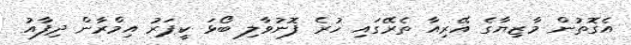
އެގޮތުން މާޒިޔާގެ އޭރިއާ ތެރޭގައި ހުރެ ފޮނުވާލި ބޯޅަ ކީޕަރު އިމްރާން ދިފާއު